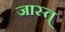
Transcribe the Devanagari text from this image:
जास्त्‌